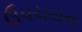
ઉપચયન